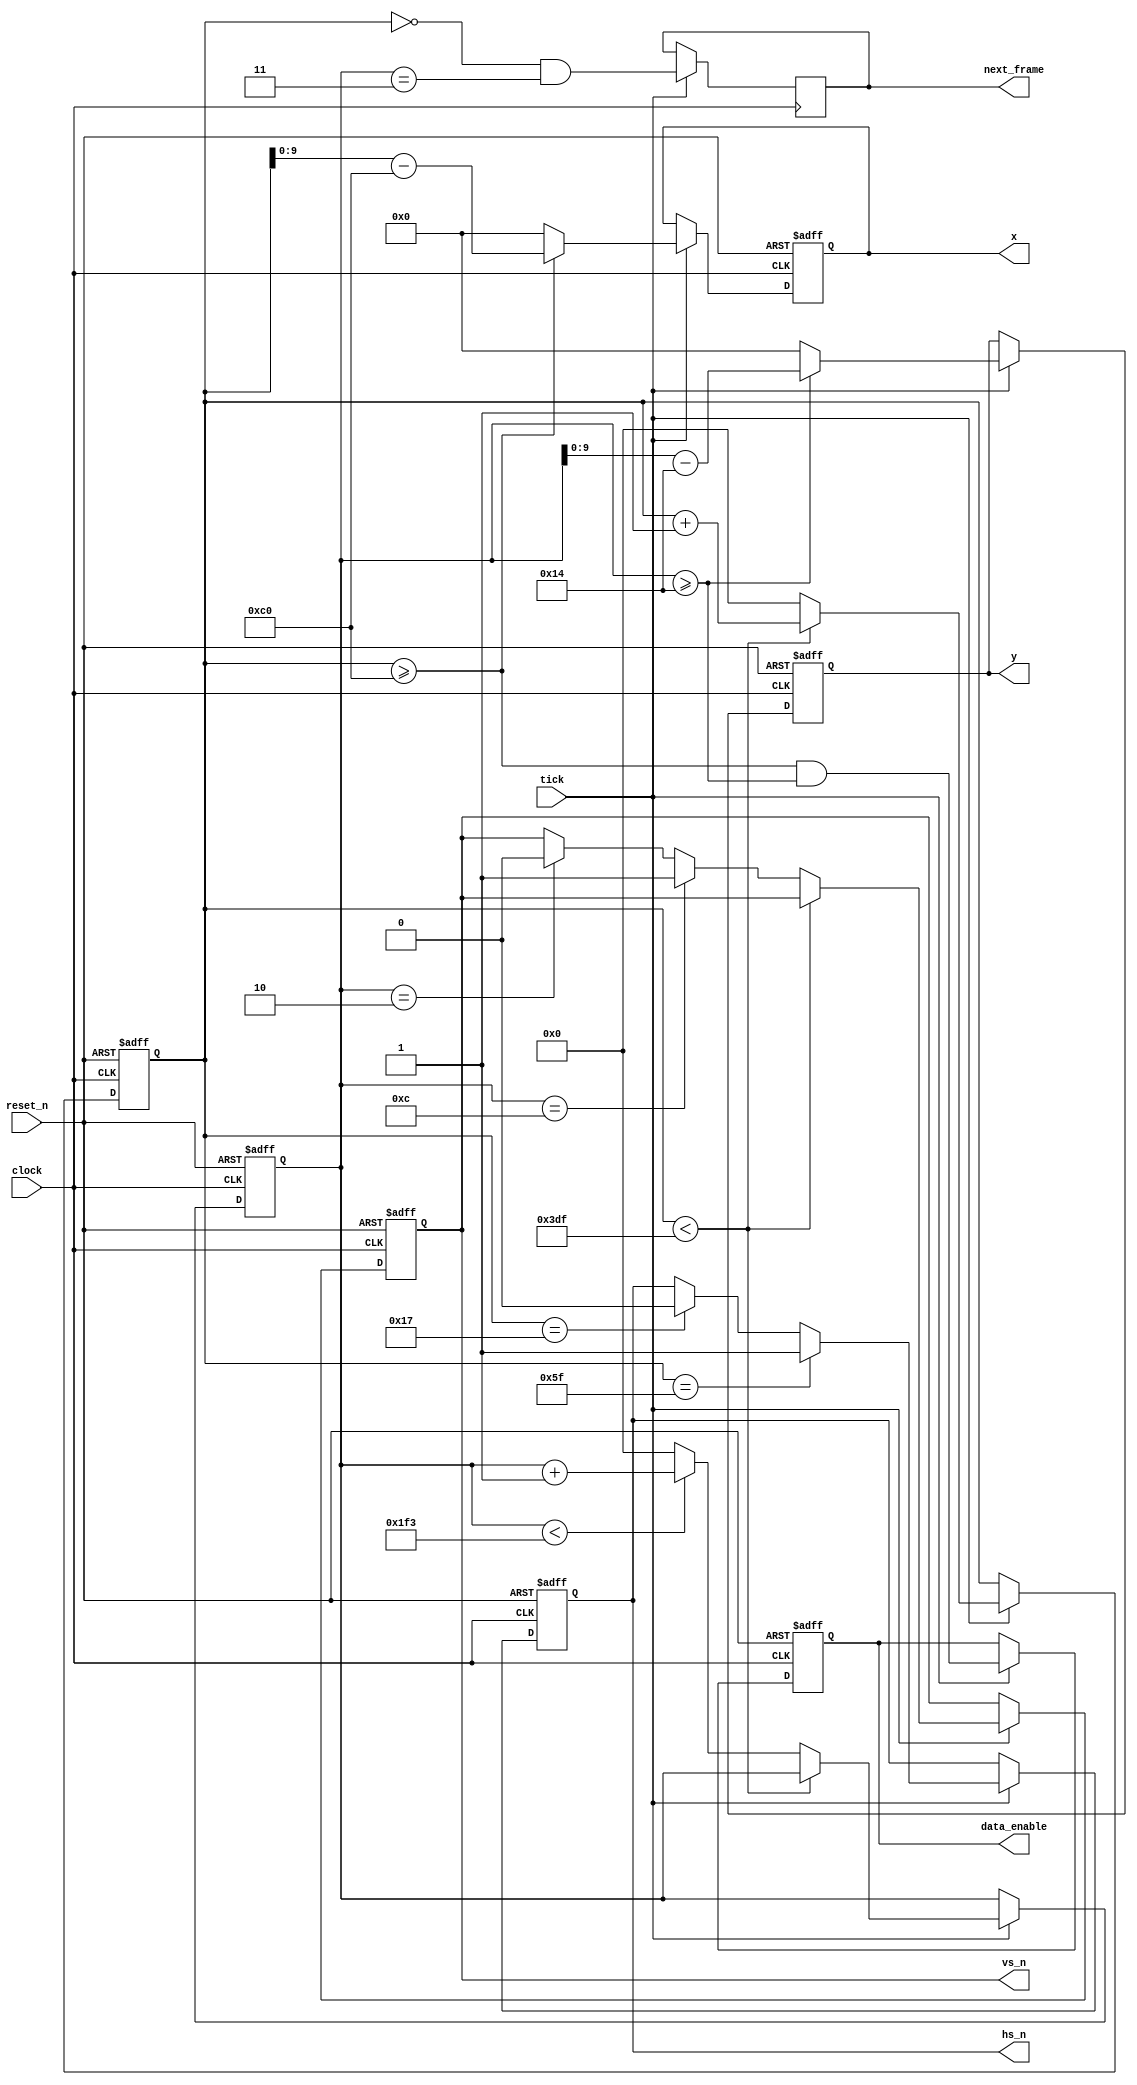
module LCD_control(
    input wire clock,                // System clock.
    input wire tick,                 // LCD clock (synchronous with system clock).
    input wire reset_n,              // Asynchronous reset, active low.
    output reg [9:0] x,              // On-screen X pixel location.
    output reg [9:0] y,              // On-screen Y pixel location.
    output reg next_frame,           // 1 when between frames (one clock).
    output reg hs_n,                 // Horizontal sync, active low.
    output reg vs_n,                 // Vertical sync, active low.
    output reg data_enable           // Whether we need a pixel right now.
);

    // There are two internal registers, h and v. They are 0-based.
    // The h value has these ranges:
    //
    //    h                                 hs_n
    //    [0, H_FRONT)                      1  (front porch)
    //    [H_FRONT, H_FRONT + H_SYNC)       0  (sync pulse)
    //    [H_FRONT + H_SYNC, H_BLANK)       1  (back porch)
    //    [H_BLANK, H_TOTAL)                1  (pixels are visible)
    //
    // The v value has these ranges:
    //
    //    v                                 vs_n
    //    [0, V_FRONT)                      1  (front porch)
    //    [V_FRONT, V_FRONT + V_SYNC)       0  (sync pulse)
    //    [V_FRONT + V_SYNC, V_BLANK)       1  (back porch)
    //    [V_BLANK, V_TOTAL)                1  (pixels are visible)
    //
    // next_frame is on the second pixel of the first row.

    // Video parameters.
    parameter H_FRONT = 24;
    parameter H_SYNC  = 72;
    parameter H_BACK  = 96;
    parameter H_ACT   = 800;
    parameter H_BLANK = H_FRONT + H_SYNC + H_BACK;
    parameter H_TOTAL = H_FRONT + H_SYNC + H_BACK + H_ACT;

    parameter V_FRONT = 3;
    parameter V_SYNC  = 10;
    parameter V_BACK  = 7;
    parameter V_ACT   = 480;
    parameter V_BLANK = V_FRONT + V_SYNC + V_BACK;
    parameter V_TOTAL = V_FRONT + V_SYNC + V_BACK + V_ACT;

    reg [10:0] h;
    reg [10:0] v;
    wire h_visible = h >= H_BLANK;
    /* verilator lint_off UNSIGNED */
    wire v_visible = v >= V_BLANK;
    /* verilator lint_on UNSIGNED */
    /* verilator lint_off UNUSED */
    wire [10:0] h_normalized = h - H_BLANK;
    wire [10:0] v_normalized = v - V_BLANK;
    /* verilator lint_on UNUSED */

    // Latch the next_frame register. This will be true for one (tick) clock
    // a few rows after the last visible pixel.
    always @(posedge clock) begin
        if (tick) begin
            // Don't do it right away after the end of the previous frame,
            // that might cause problems if some logic isn't quite done
            // dealing with the color. Wait a few rows.
            next_frame <= h == 0 && v == V_FRONT;
        end
    end

    // Walk through screen.
    always @(posedge clock or negedge reset_n) begin
        if (!reset_n) begin
            h <= 0;
            v <= 0;
            hs_n <= 1;
            vs_n <= 1;
            x <= 0;
            y <= 0;
            data_enable <= 0;
        end else if (tick) begin
            // Advance pixel.
            if (h < H_TOTAL - 1) begin
                h <= h + 1'b1;
            end else begin
                // Next line.
                h <= 0;

                if (v < V_TOTAL - 1) begin
                    v <= v + 1'b1;
                end else begin
                    v <= 0;
                end

                // Vertical sync.
                if (v == V_FRONT - 1) begin
                    // Front porch end, sync pulse start.
                    vs_n <= 1'b0;
                end
                if (v == V_FRONT + V_SYNC - 1) begin
                    // Sync pulse end, back porch start.
                    vs_n <= 1'b1;
                end
            end

            // Horizontal sync.
            if (h == H_FRONT - 1) begin
                // Front porch end, sync pulse start.
                hs_n <= 1'b0;
            end
            if (h == H_FRONT + H_SYNC - 1) begin
                // Sync pulse end, back porch start.
                hs_n <= 1'b1;
            end
            
            // Latch output registers. These are delayed from the h and
            // v values.
            x <= h_visible ? h_normalized[9:0] : 10'h0;
            y <= v_visible ? v_normalized[9:0] : 10'h0;
            data_enable <= h_visible && v_visible;
        end
    end

endmodule